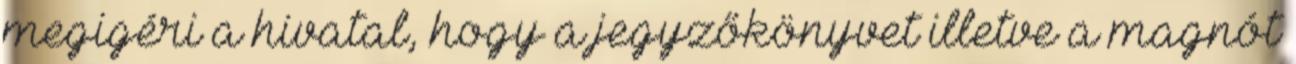
megigéri a hivatal, hogy a jegyzőkönyvet illetve a magnót